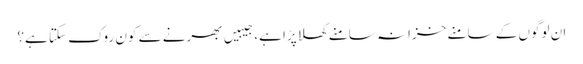
ان لوگوں کے سامنے خزانہ سامنے کھلا پڑا ہے، جیبیں بھرنے سے کون روک سکتا ہے؟